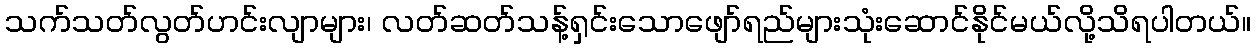
သက်သတ်လွတ်ဟင်းလျာများ၊ လတ်ဆတ်သန့်ရှင်းသောဖျော်ရည်များသုံးဆောင်နိုင်မယ်လို့သိရပါတယ်။